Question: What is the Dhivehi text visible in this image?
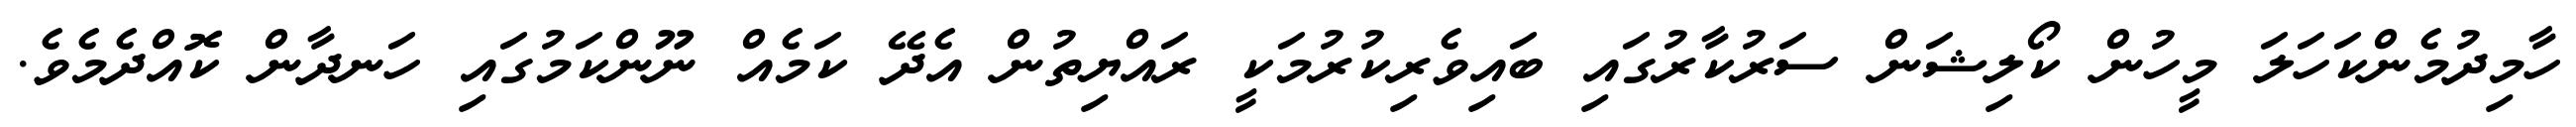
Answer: ހާމިދުމެންކަހަލަ މީހުން ކޯލިޝަން ސަރުކާރުގައި ބައިވެރިކުރުމަކީ ރައްޔިތުން އެދޭ ކަމެއް ނޫންކަމުގައި ހަނދާން ކޮއްދެމެވެ.